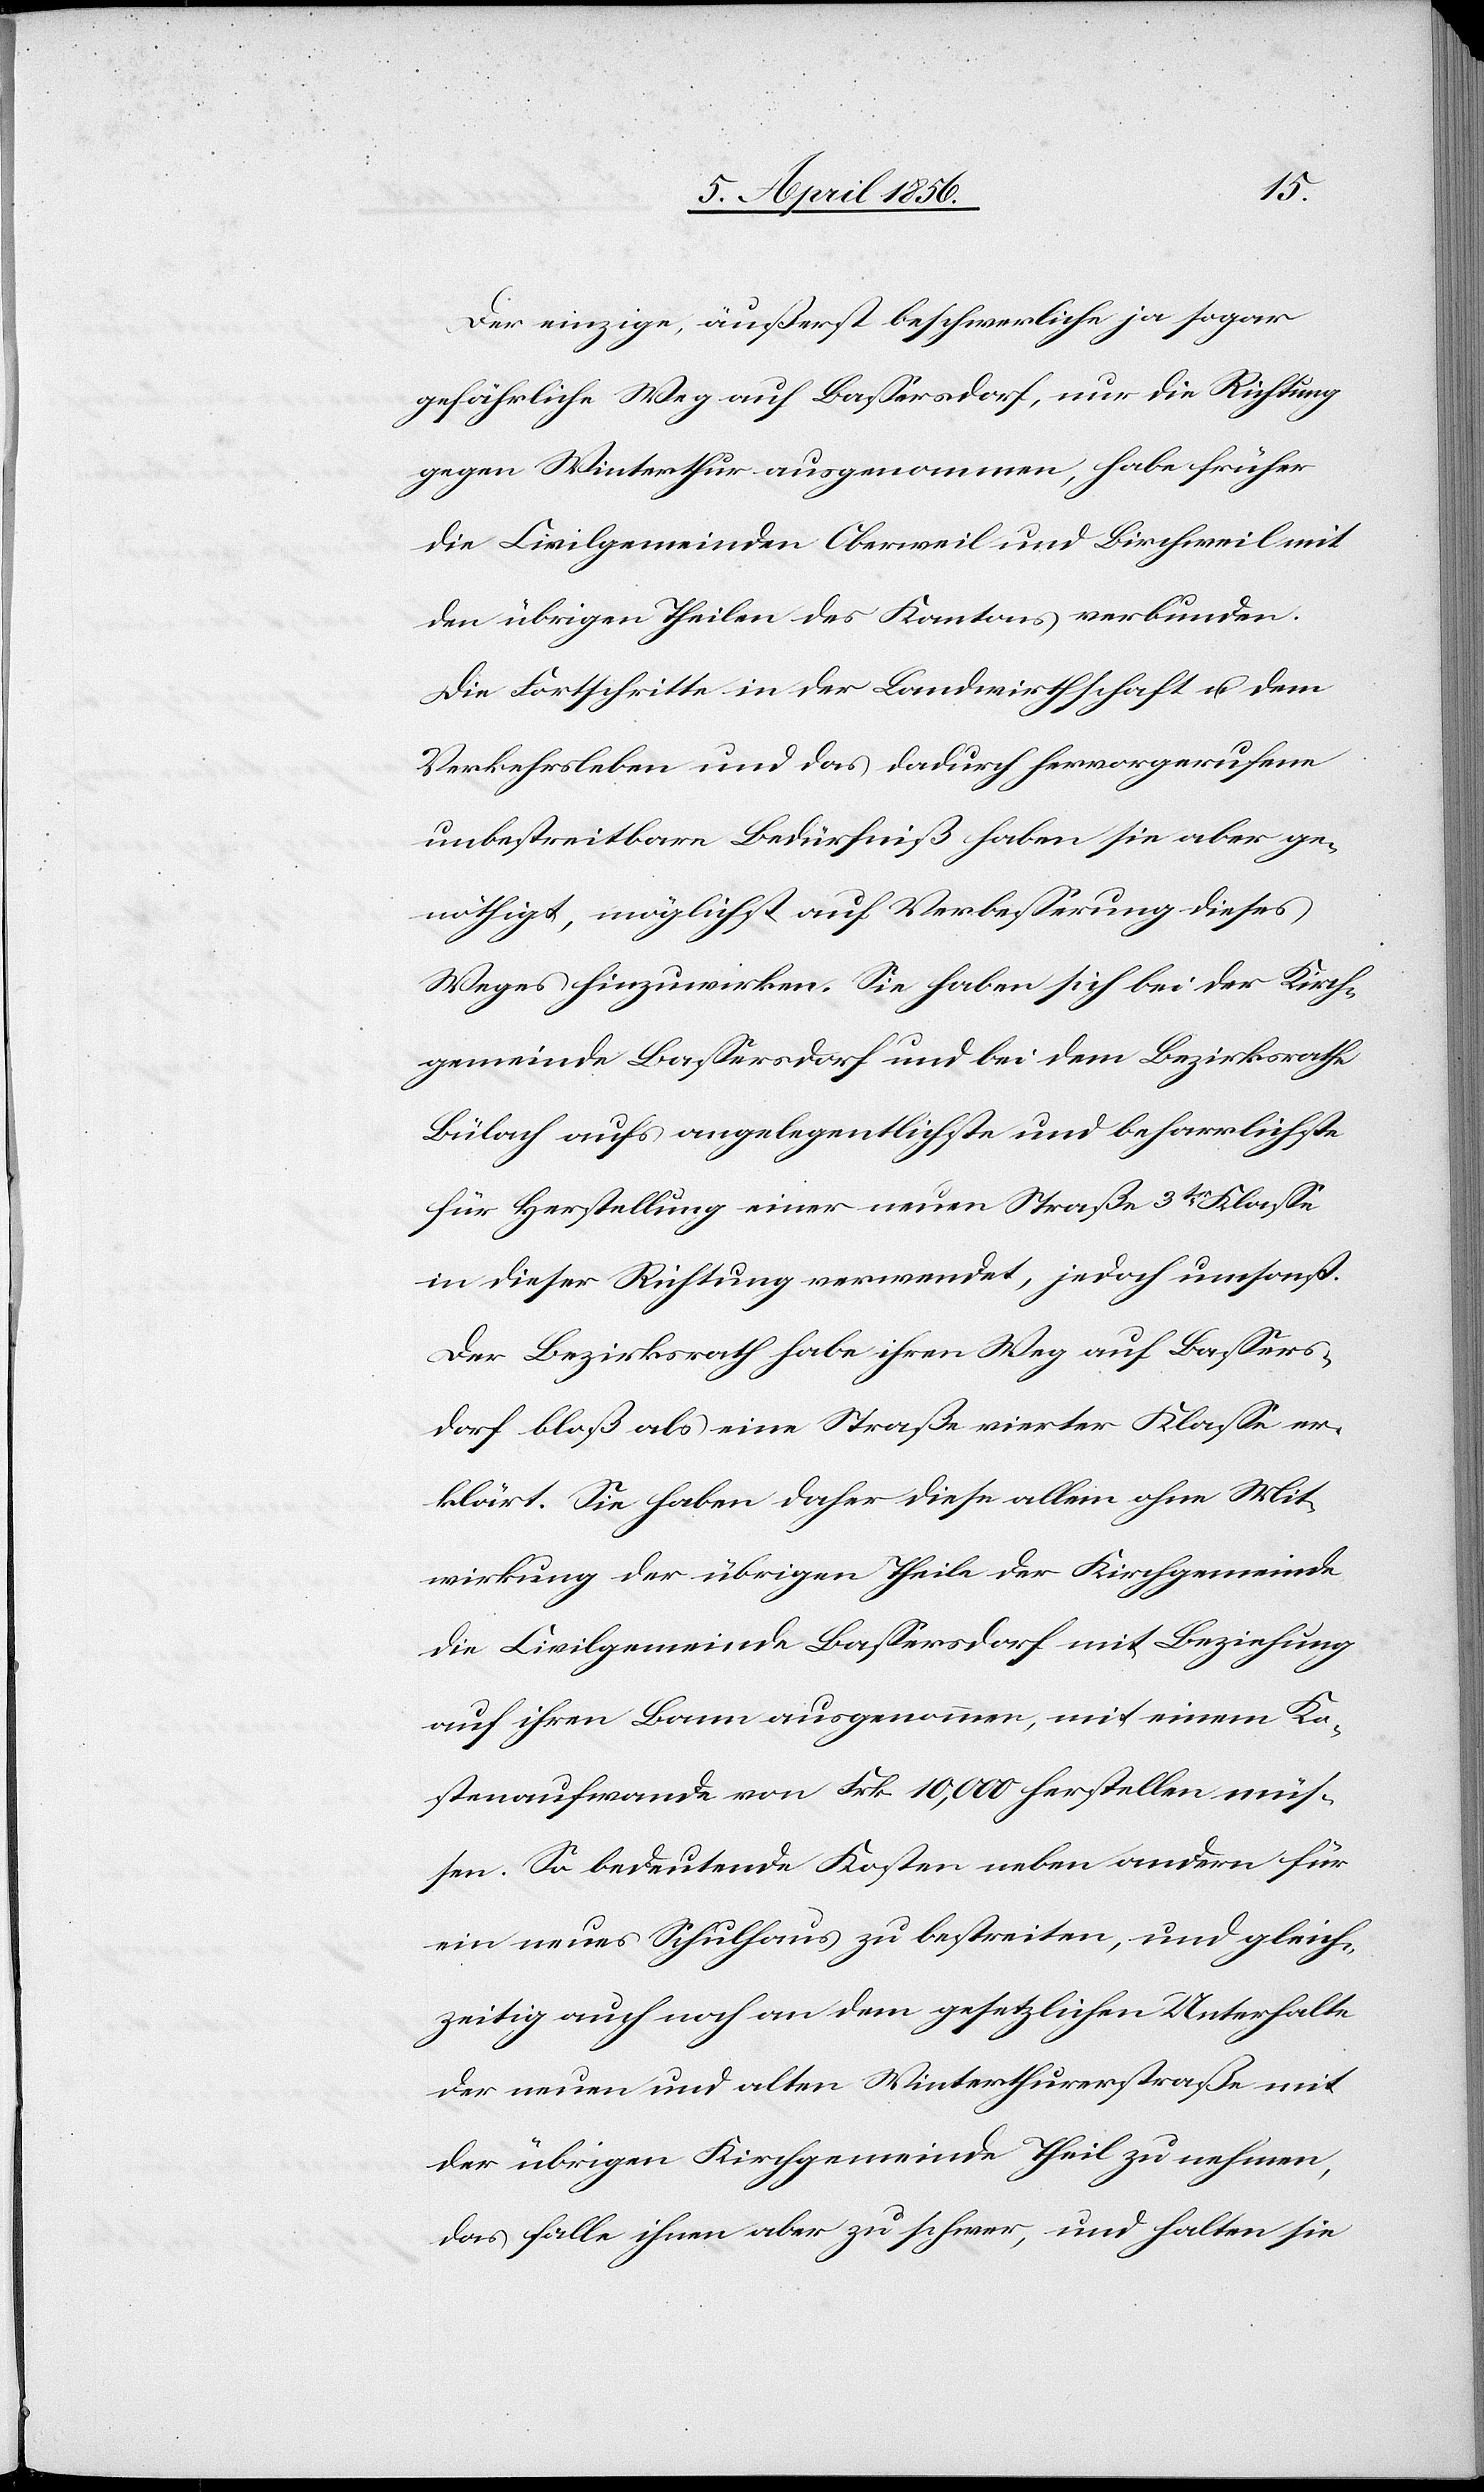
Der einzige, äußerst beschwerliche ja sogar
gefährliche Weg auf Bassersdorf, nur die Richtung
gegen Winterthur ausgenommen, habe früher
die Civilgemeinden Oberweil und Birchweil mit
den übrigen Theilen des Kantons verbunden.
Die Fortschritte in der Landwirthschaft u. dem
Verkehrsleben und das dadurch hervorgerufene
unbestreitbare Bedürfniß haben sie aber ge¬
nöthigt, möglichst auf Verbesserung dieses
Weges hinzuwirken. Sie haben sich bei der Kirch¬
gemeinde Bassersdorf und bei dem Bezirksrathe
Bülach aufs angelegentlichste und beharrlichste
für Herstellung einer neuen Straße 3tr Klasse
in dieser Richtung verwendet, jedoch umsonst.
Der Bezirksrath habe ihren Weg auf Bassers¬
dorf bloß als eine Straße vierter Klasse er¬
klärt. Sie haben daher diese allein ohne Mit¬
wirkung der übrigen Theile der Kirchgemeinde
die Civilgemeinde Bassersdorf mit Beziehung
auf ihren Bann ausgenommen, mit einem Ko¬
stenaufwande von Frk. 10,000 herstellen müs¬
sen. So bedeutende Kosten neben andern für
ein neues Schulhaus zu bestreiten, und gleich¬
zeitig auch noch an dem gesetzlichen Unterhalte
der neuen und alten Winterthurerstraße mit
der übrigen Kirchgemeinde Theil zu nehmen,
das falle ihnen aber zu schwer, und halten sie